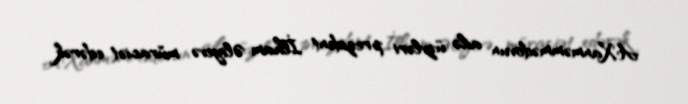
A.Xanməmmədovun ailə üzvləri prezident İlham Əliyevə müraciət edərək